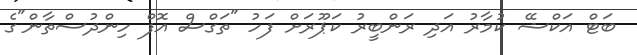
ބަޓް އަކްޝޭ ކުމާރު އަދި ރަންބީރު ކަޕޫރަށް ފަހު "ތަގްސް އޮފް ހިންދުސްތާން"ގެ